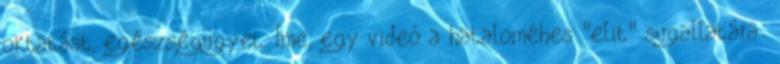
oktatást, egészségügyet. Íme, egy videó a hataloméhes "elit" sugallatára: